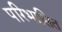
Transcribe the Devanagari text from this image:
परिभासित